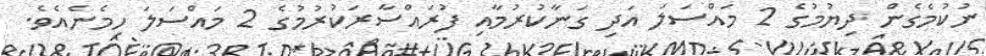
ނުކުމެގެން ދިޔުމުގެ 2 މައްސަލަ އަދި ގަނާކުރުމާއި ފުރައްސާރަކުރުމުގެ 2 މައްސަލަ ހިމެނެއެވެ.